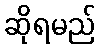
ဆိုရမည်